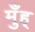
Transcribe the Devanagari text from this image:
मुँह्